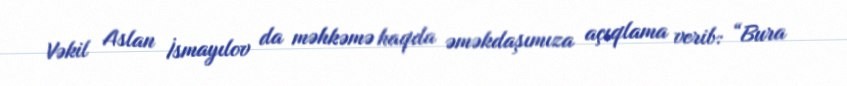
Vəkil Aslan İsmayılov da məhkəmə haqda əməkdaşımıza açıqlama verib: “Bura